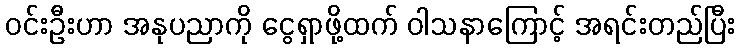
ဝင်းဦးဟာ အနုပညာကို ငွေရှာဖို့ထက် ဝါသနာကြောင့် အရင်းတည်ပြီး